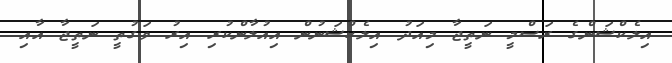
އިލެކްޝަންގެ ރަސްމީ ނަތީޖާ މިއަދު އިލެކްޝަނުން އިއުލާންކުރި އިރު ވަގުތީ ނަތީޖާ އާއި